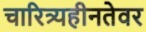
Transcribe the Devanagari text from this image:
चारित्र्यहीनतेवर